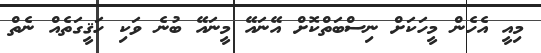
މިއީ އެހެން މީހަކަށް ނިސްބަތްކޮށް އޭނައޭ މީނައޭ ބުނެ ވަކި ހަޤީގަތެއް ނެތް